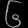
Digit: ၆